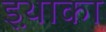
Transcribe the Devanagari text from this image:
इथ़ाका